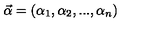
\vec { \alpha } = { ( \alpha _ { 1 } , \alpha _ { 2 } , . . . , \alpha _ { n } ) }